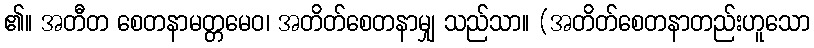
၏။ အတီတ စေတနာမတ္တမေဝ၊ အတိတ်စေတနာမျှ သည်သာ။ (အတိတ်စေတနာတည်းဟူသော